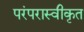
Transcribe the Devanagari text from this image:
परंपरास्वीकृत